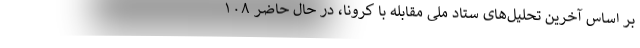
بر اساس آخرین تحلیل‌های ستاد ملی مقابله با کرونا، در حال حاضر ۱۰۸